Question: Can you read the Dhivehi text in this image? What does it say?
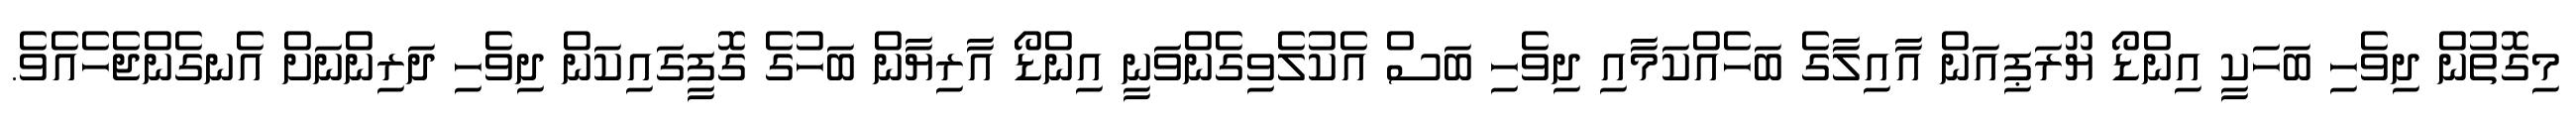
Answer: މިގޮތުން ދިވެހި ބަހަކީ އިންޑޯ ޔޫރަޕިއަން އާއިލާގެ ބަހެއްކަމާއި ދިވެހި ބަސް އެކުލެވިގެންވަނީ އިންޑޯ އާރިޔާން ބަހުގެ ގޮފީގައިކަން ދިވެހި ދަރިންނަށް އެނގެންޖެހެއެވެ.